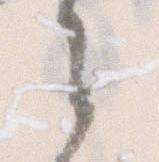
々